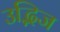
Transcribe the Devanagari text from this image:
उद्भिज